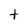
Character: t